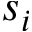
s _ { i }